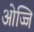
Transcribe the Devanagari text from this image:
ओज्जि